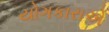
યોગકારાએ